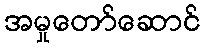
အမှုတော်ဆောင်